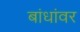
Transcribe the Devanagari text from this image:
बांधांवर